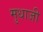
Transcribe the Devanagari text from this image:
मुधाजी